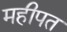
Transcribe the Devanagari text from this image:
महीपत